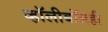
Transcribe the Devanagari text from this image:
व्हॉलीबॉलही